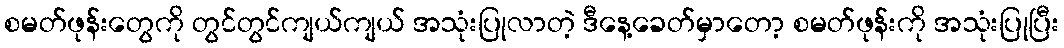
စမတ်ဖုန်းတွေကို တွင်တွင်ကျယ်ကျယ် အသုံးပြုလာတဲ့ ဒီနေ့ခေတ်မှာတော့ စမတ်ဖုန်းကို အသုံးပြုပြီး